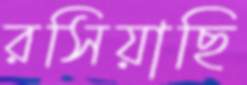
রসিয়াছি